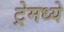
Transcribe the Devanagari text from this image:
ट्रेमध्ये